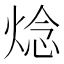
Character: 焾